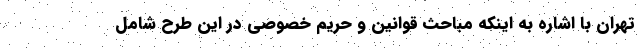
تهران با اشاره به اینکه مباحث قوانین و حریم خصوصی در این طرح شامل